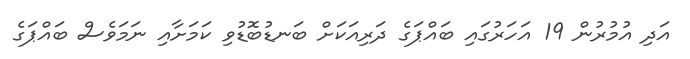
އަދި އުމުރުން 19 އަހަރުގައި ބައްޕަގެ ދަރިއަކަށް ބަނޑުބޮޑުވި ކަމަށާއި ނަމަވެސް ބައްޕަގެ